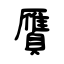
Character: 贋